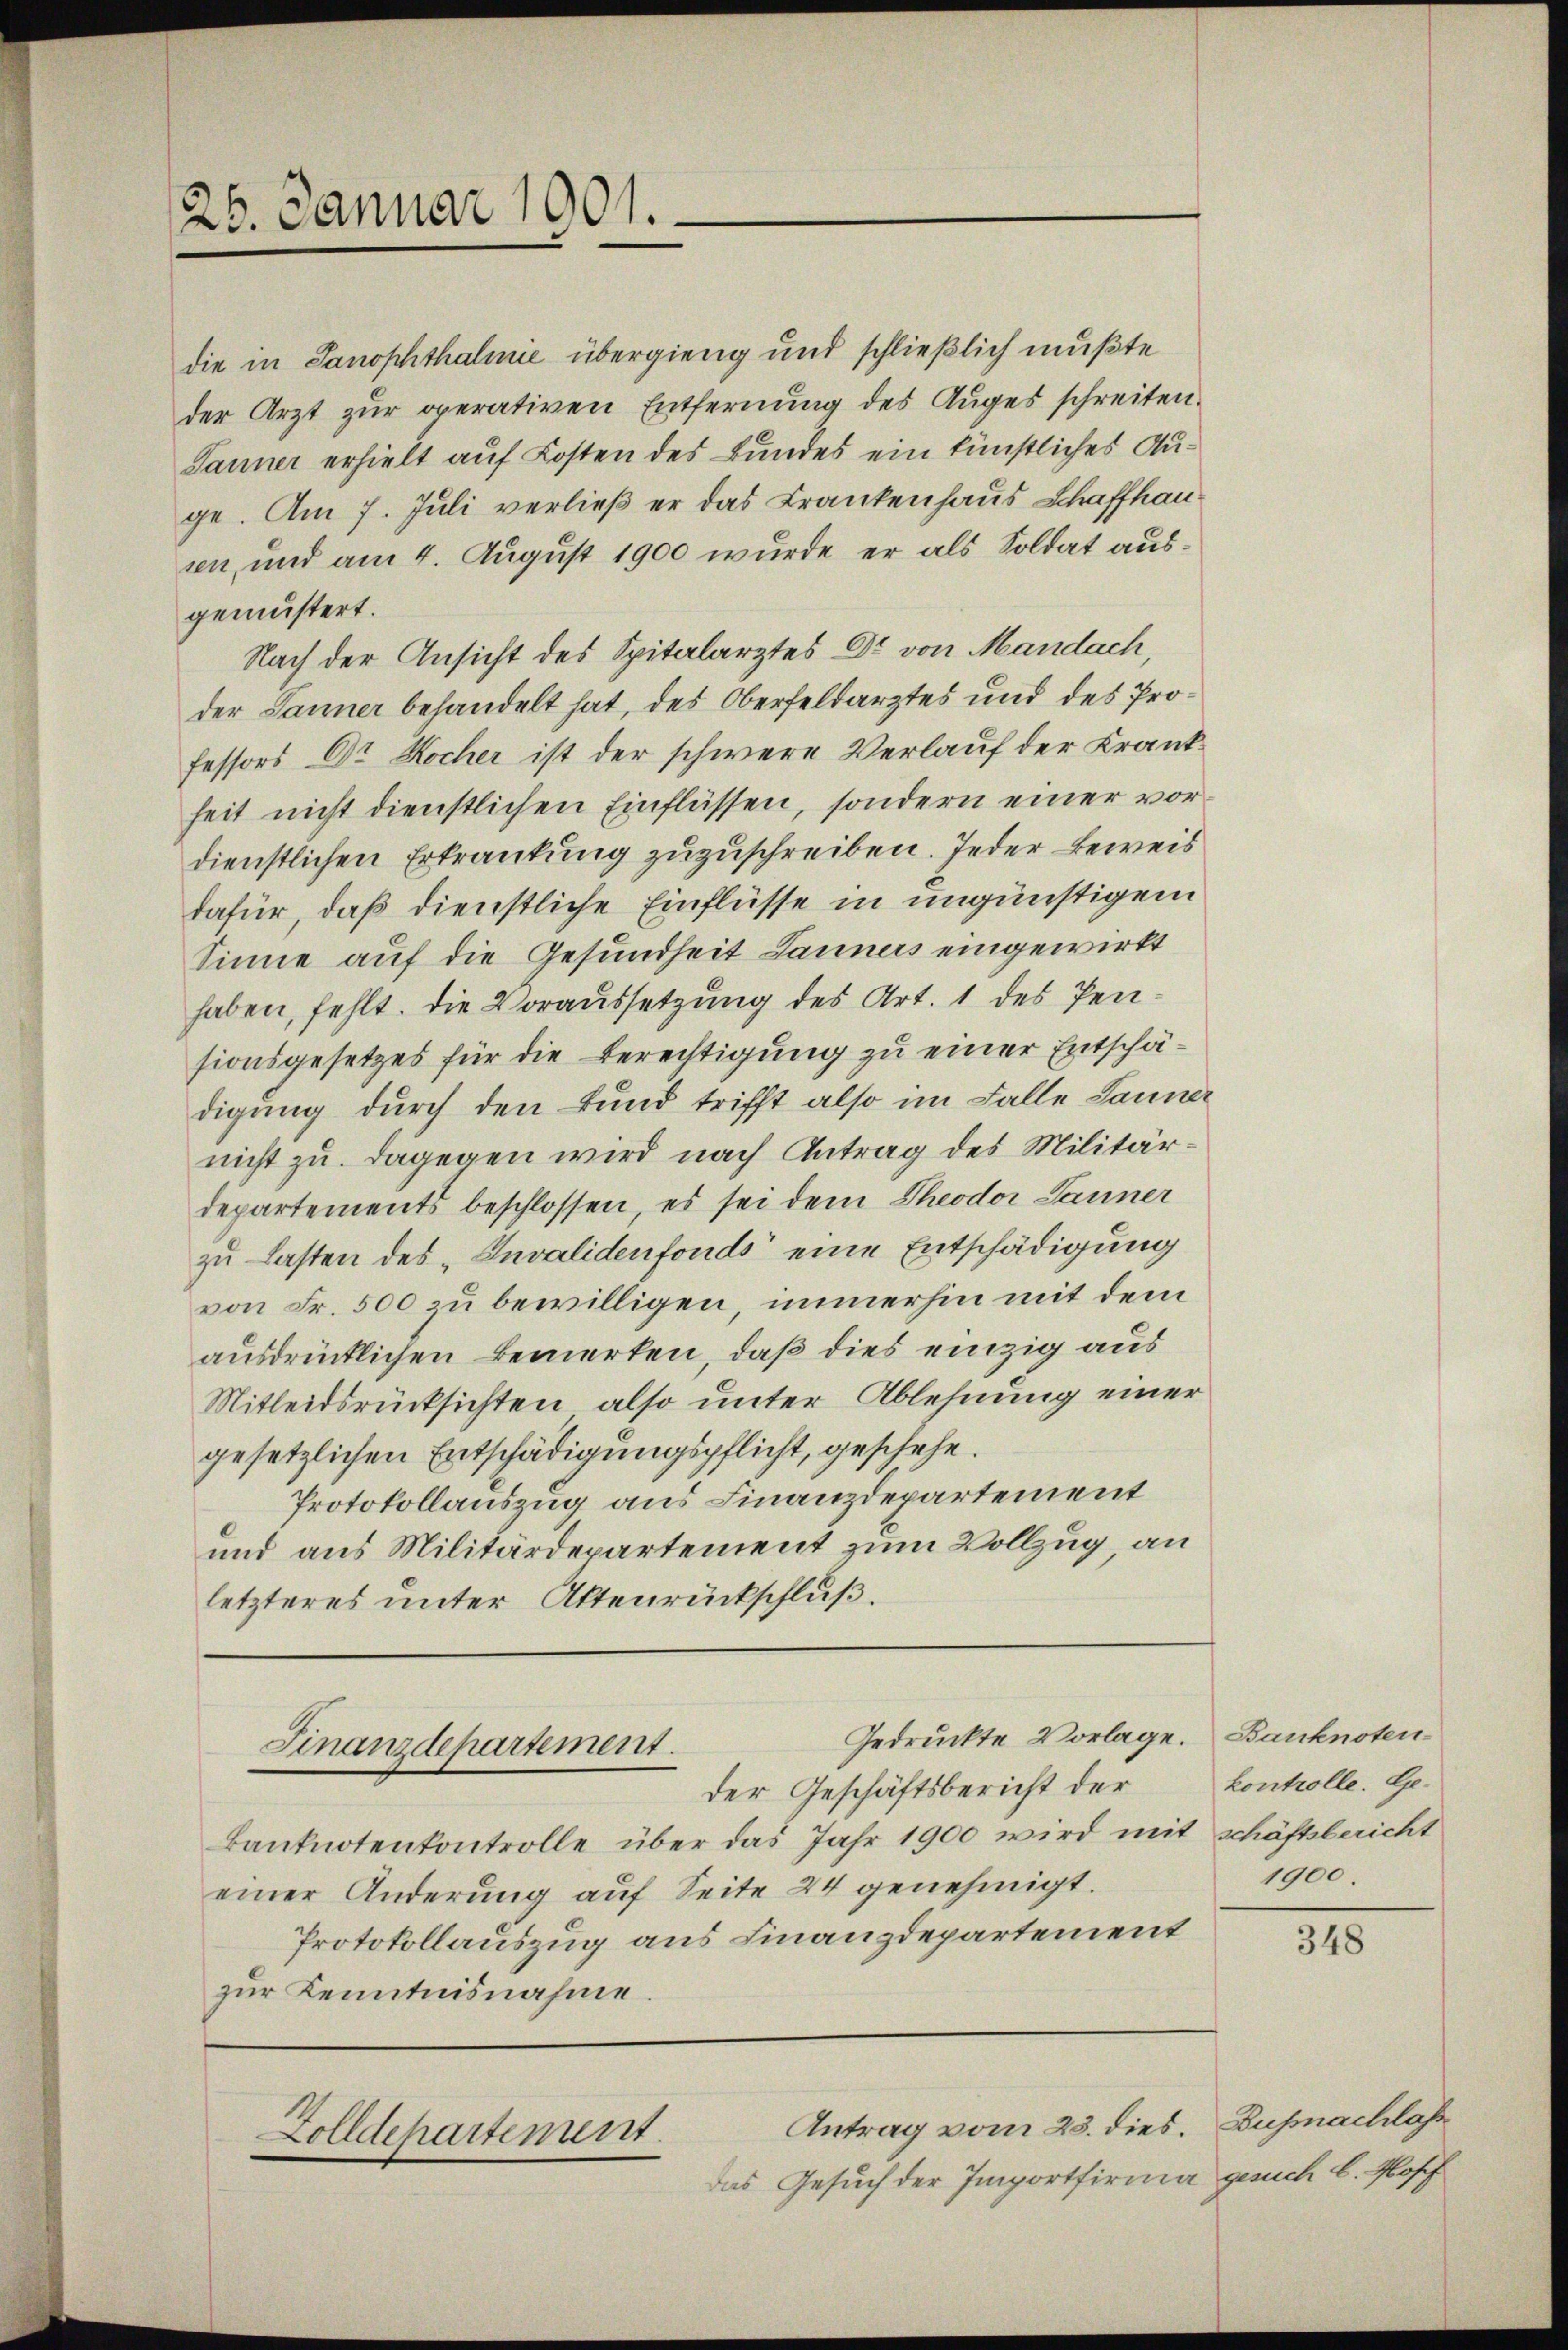
25. Januar 1001.

die in Sanophthalinie übergieng und schließlich mußte
der Arzt zur operativen Entfernung des Auges schreiten.
Jauner erhielt auf Kosten des Bundes ein künstliches Auge. Am 7. Juli verließ er das Krankenhaus Schaffhau
sen, und am 4. August 1900 wurde er als Soldat ausgemustert.
Nach der Ansicht des Spitalarztes Dr. von Mandach,
der Jauner behandelt hat, des Oberfeldarztes und des Professors Dr Kocher ist der schwere Verlauf der Krankheit nicht dienstlichen Einflüssen, sondern einer vordienstlichen Erkrankung zuzuschreiben. Jeder Beweis
dafür, daß dienstliche Einflüsse in ungünstigem
Sinne auf die Gesundheit Launers eingewirkt
haben, fehlt. Die Voraussetzung des Art. 1 des Pensionsgesetzes für die Berechtigung zu einer Entschädigung durch den Fund trifft also im Falle Launer
nicht zu. Dagegen wird nach Antrag des Militärdepartements beschlossen, es sei dem Theodor Launer
zu Lasten des „Invalidenfonds eine Entschädigung
von Fr. 500 zu bewilligen, immerhin mit dem
ausdrücklichen Bemerken, daß dies einzig aus
Mitleidsrücksichten also unter Ablehnung einer
gesetzlichen Entschädigungspflicht, geschehe.
Protokollauszug aus Finanzdepartement
und aus Militärdepartement zum Vollzug, an
letzteres unter Aktenrückschluß.

kanknotenkontrolle über das Jahr 1900 wird mit schäftsbericht
einer Änderung auf Seite 24 genehmigt.
Protokollauszug aus Finanzdepartement
zŭr Kenntnisnahme.

Gedruckte Vorlage. Banknoten
Finanzdepartement.
der Geschäftsbericht der kontrolle. Ge¬

Antrag vom 23. dies.
Zolldepartement.

Das Gesuch der Importfirma gerich L. Posch

1900.

348

Buhnachlass